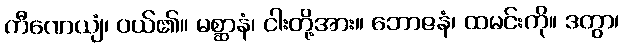
ကီဏေယျံ၊ ဝယ်၏။ မစ္ဆာနံ၊ ငါးတို့အား။ ဘောဇနံ၊ ထမင်းကို။ ဒတွာ၊